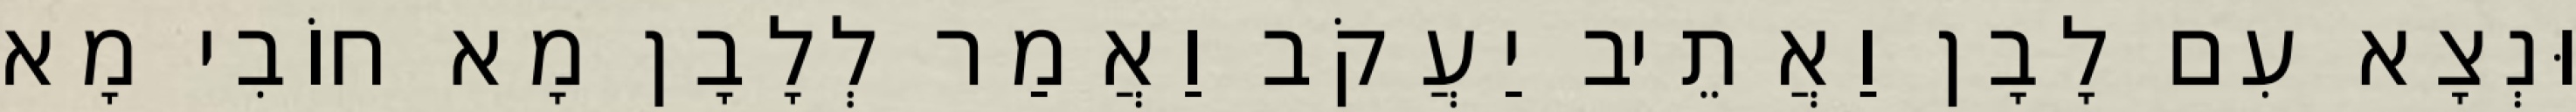
וּנְצָא עִם לָבָן וַאֲתֵיב יַעֲקֹב וַאֲמַר לְלָבָן מָא חוֹבִי מָא